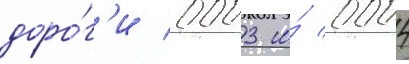
доро́г'и 0003 и́ 0004